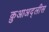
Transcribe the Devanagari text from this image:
क़ुआअद्लीस